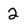
Character: 2